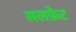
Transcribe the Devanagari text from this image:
सलफ़ेट